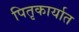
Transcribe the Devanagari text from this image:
पितृकार्यात